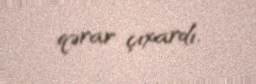
qərar çıxardı.